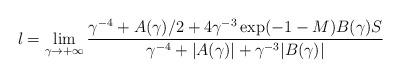
LaTeX: \begin{align*}l=\lim_{\gamma\to +\infty} \frac{\gamma^{-4}+A(\gamma)/2+4\gamma^{-3}\exp(-1-M) B(\gamma) S}{\gamma^{-4}+|A(\gamma)|+\gamma^{-3}|B(\gamma)|}\end{align*}